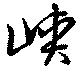
峡